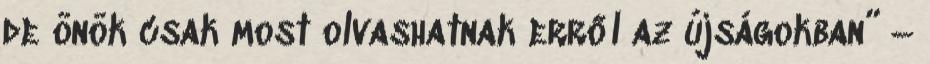
de önök csak most olvashatnak erről az újságokban” –